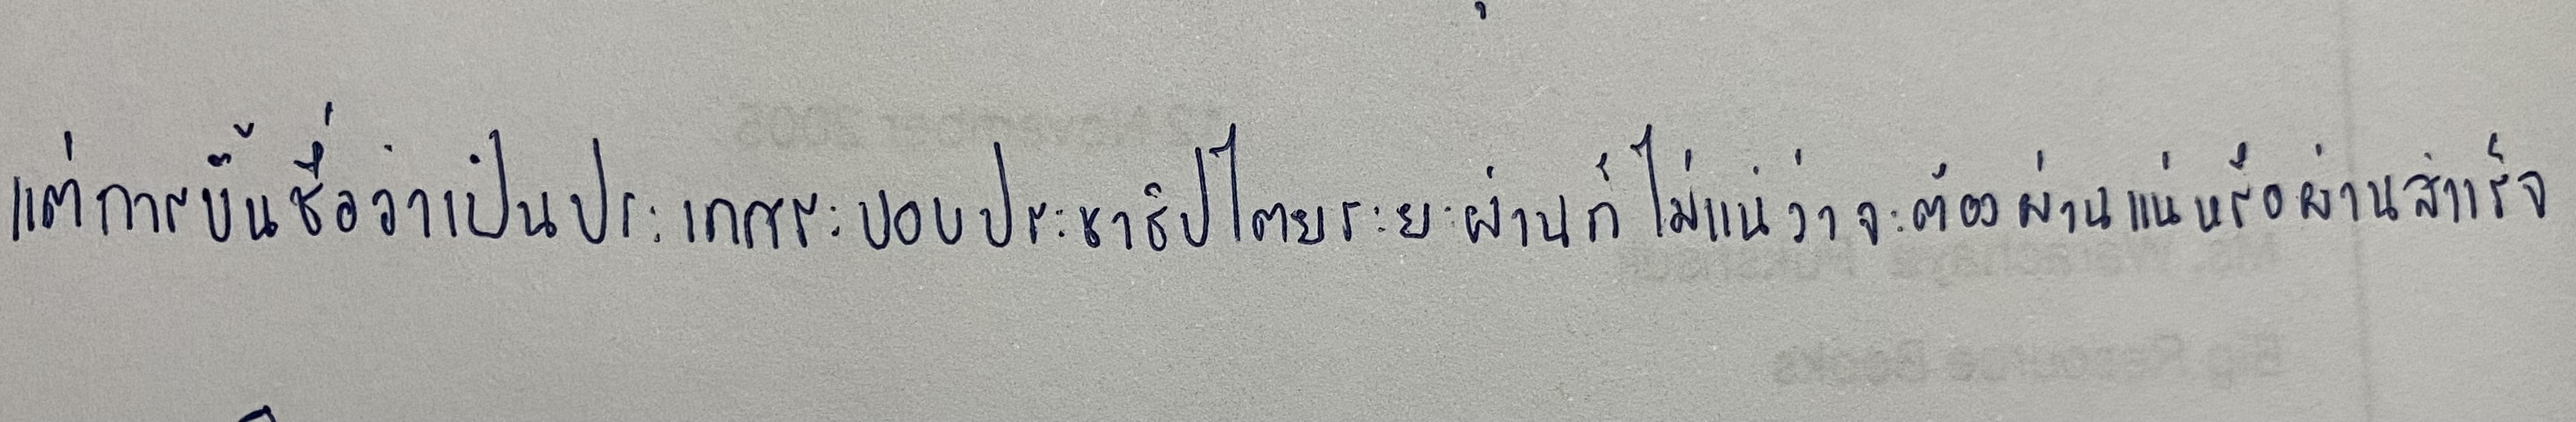
แต่การขึ้นชื่อว่าเป็นประเทศระบอบประชาธิปไตยระยะผ่านก็ไม่แน่ว่าจะต้องผ่านแน่หรือผ่านสำเร็จ